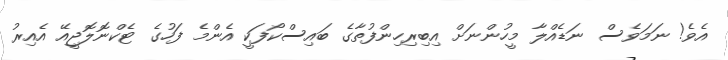
އެވެ! ނަމަވެސް ނަޑެއްލާ މީހުންނަށް އިބިރިހިންފުތާގެ ބައިސްކޯފަކީ އެންމެ ފަހުގެ ޓެކްނޮލޮޖީއޭ އެއިރު